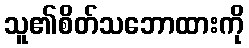
သူ၏စိတ်သဘောထားကို